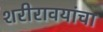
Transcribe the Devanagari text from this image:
शरीरावयांचा